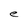
Character: e